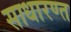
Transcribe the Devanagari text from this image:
साधारण्त